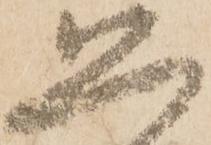
恐